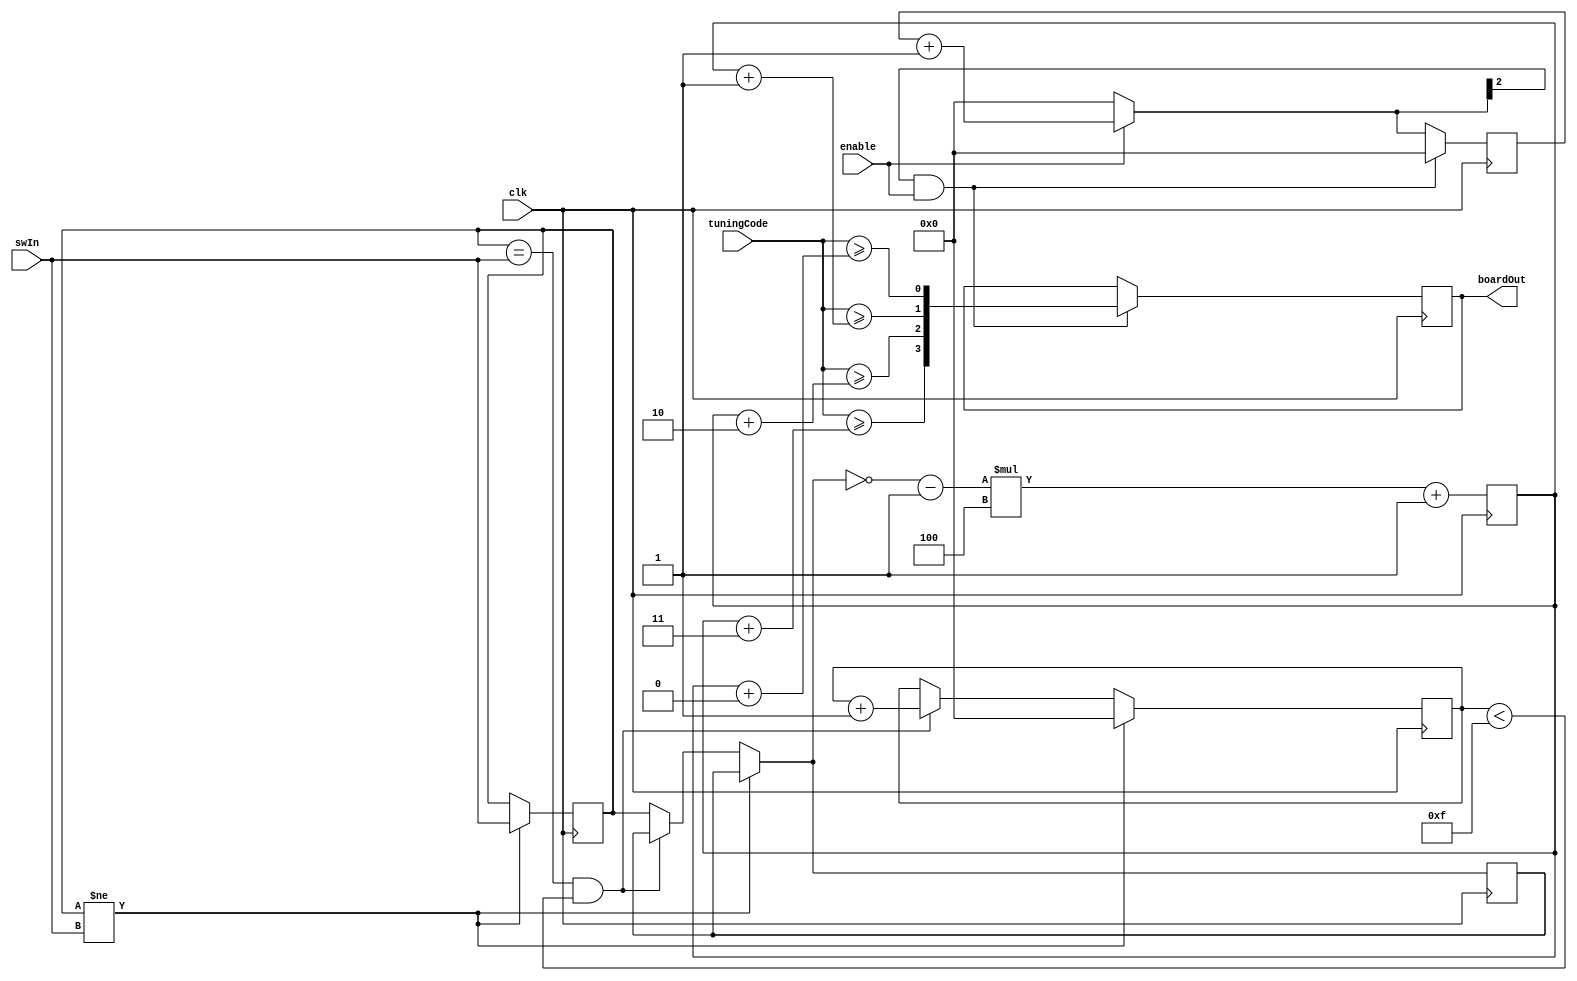
module CapBoardDecoder(clk,swIn,enable,tuningCode,boardOut);
//CapBoardDecoder - module for CPLD controlling state on Cap Board - decodes
//global tuning configuration state by comparing the global number to the
//board address.  Handles 4 IDs per board.
//Ted Golfinopoulos, v1.0 begun on 7 September 2011
//Ted Golfinopoulos, v2.0 on 13 October 2011 - trigger on enable level rather than
//															enable edge - get rid of issue wherein
//															code bits get interpreted internally as
//															enable edges (circuit only, not in simulations).

//NOTE: Default type is WIRE (NET variety type)

 input clk; //Needed clock because there is cross-talk in the CPLD and bounce on signals.
 reg [3:0] clkCnt; //Counter for clock.
 reg [3:0] clkCntAddr; //Counter for timing how long address switch state has been stable.
  
 //swIn: Contains binary number corresponding to switches holding board address.
 //When switches are ON, state is LOW.  So inversion is necessary.
 //Also, there are four unique IDs per board:
 //addr, addr+1, addr+2, and addr+3
 //Original design plans for around 20 boards, but there are only 6 switches
 //per board, so need to multiply the board number by a scale number, the
 //number of unique IDs per board.
 //So address number must process swIn by first INVERTing and then
 //multiplying the number.
 input [5:0] swIn;
 //21 May 2012 - add hysterisis to address to see if it fixes trip problem (i.e. address being modified eroneously during operation).
 reg [5:0] swInPrevious;
 reg [5:0] swInStable;
 
 reg [6:0] addr;
  
 //enable: when this bit is high, it is okay to change the tuning state.
 //It is set by the master controller and makes sure output is stable first.
 //Make a register.
 input enable;

 //tuningCode: Holds binary number corresponding to global tuning number.
 //Compare to this number to determine which IDs to turn on.
 input [6:0] tuningCode;
 
 //boardOut: This holds the state of the board - each bit corresponds to
 //one of the board ID cap switches.  ON means switch in corresponding cap ID.
 //boardState: register to hold board output in procedural blocks.
 output [3:0] boardOut;
 reg [3:0] boardState;
 
 //Parameterize the number of capacitor levels per board.  That is, there
 //are numIDsPerBoard levels for serial or parallel caps.
 parameter numIDsPerBoard=4;
 parameter waitBit=2; //enable must be on until clkCnt[waitBit] goes high.  2 clock cycles at 4 MHz causes intermittent turn-on with the wrong trigger bit.  4 clock cycles seems to be enough to eliminate false turn-on.

 parameter ADDR_WAIT=4'b1111;
 
 initial begin
	#0;
	clkCnt = 3'b0; //Initialize clock counter.
	boardState = 4'b0; //Initialize so that all capacitors are off - baseload, only.
	addr=7'b0000001; //Initialize so that all capacitors are off - baseload, only.
 end
 
 //DECODE TUNING CODE AND UPDATE BOARD STATE:
 //When the ENABLE bit has a rising edge, sample the tuning number
 //and trigger an update in state.
 always @(posedge clk) begin
		//enable must be on for certain number of consecutive clock cycles.
		if (enable==1'b1) clkCnt=clkCnt+3'b1; //Increment counter.
		else clkCnt=3'b0; //Else, zero out clkCnt.
		
		//Update state condition: enable has been asserted for a sufficient amount of time,
		//as measured on counter.
		if(clkCnt[waitBit]==1'b1 && enable==1'b1) begin
				//#4 Simulate delay
				boardState = {tuningCode>=(addr+7'b11),
								tuningCode>=(addr+7'b10),
								tuningCode>=(addr+7'b01),
								tuningCode>=(addr+7'b00)};
				clkCnt = 3'b0; //Refresh clock counter.
		end
 end

//Force address to hold new state for some time before changing. 
 always @(posedge clk) begin
	//If the switch state changes, start a counter.  The counter is incremented
	//every clock cycle that the current switch state has the same value as the
	//changed-to state that initiated the counter.  Once the counter has reached
	//a threshold value, the switch state is assumed stable, and the register
	//used to calculate the address is updated.
	//Note that initially, the board won't know its address.
	if(swInPrevious != swIn) begin
		swInPrevious=swIn; //Start tracking new switch state.
		clkCntAddr=1'b0; //Zero counter.
	end else if(swInPrevious == swIn && clkCntAddr < ADDR_WAIT) begin
		clkCntAddr=clkCntAddr+1'b1; //Increment timer since switch state hasn't changed.
	end else begin
		swInStable=swInPrevious; //Update stable switch state 
	end

	//Process switch input to derive useful board address.
	//Remember: addr is bitwise-inverted because a HIGH on the switch corresponds to
	//the switch being in the OFF state.	
	addr=((~swInStable) - 1'b1)*numIDsPerBoard+1'b1;
	//addr=3'b101; //Lock for Board #2 to see if this fixes trip.
	//addr=1'b1; //Lock for Board #1 to see if this fixes trip in Board #1.
 end
 
 //Set board state output from register to net (wires).
 assign boardOut=boardState; 
 
 endmodule